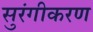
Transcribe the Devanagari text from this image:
सुरंगीकरण